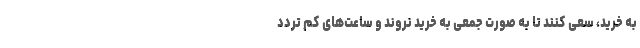
به خرید، سعی کنند تا به صورت جمعی به خرید نروند و ساعت‌های کم تردد